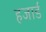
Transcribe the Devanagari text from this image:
हजार्ड